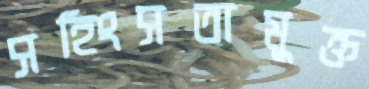
সহিংসতামুক্ত